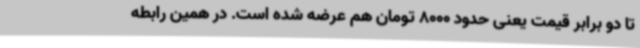
تا دو برابر قیمت یعنی حدود 8000 تومان هم عرضه شده است. در همین رابطه